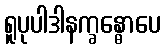
ရူပုပါဒါနက္ခန္ဓောပေ